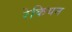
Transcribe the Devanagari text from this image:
रेकियन